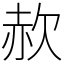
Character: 赥